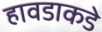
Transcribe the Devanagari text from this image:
हावडाकडे